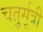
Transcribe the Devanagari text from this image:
चतुर्सूत्री